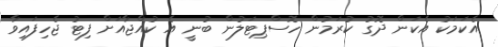
އެކަމަކު އެކަން ދޮގު ކުރަމުން ހޮސްޕިޓަލުން ބުނީ އެ ކުއްޖާއަށް ފިޓު ޖެހިފައިވާ